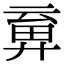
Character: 𢍞